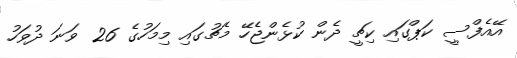
އޭއެފްސީ ކަޕްގައި ކިޗީ ދެން ކުޅެންޖެހޭ މެޗުގައި މިމަހުގެ 26 ވަނަ ދުވަހު